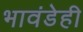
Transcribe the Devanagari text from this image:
भावंडेही